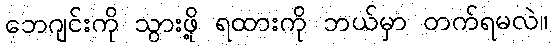
ဘေဂျင်းကို သွားဖို့ ရထားကို ဘယ်မှာ တက်ရမလဲ။